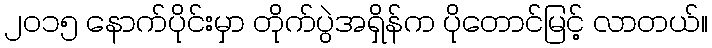
၂၀၁၅ နောက်ပိုင်းမှာ တိုက်ပွဲအရှိန်က ပိုတောင်မြင့် လာတယ်။